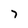
Character: 7